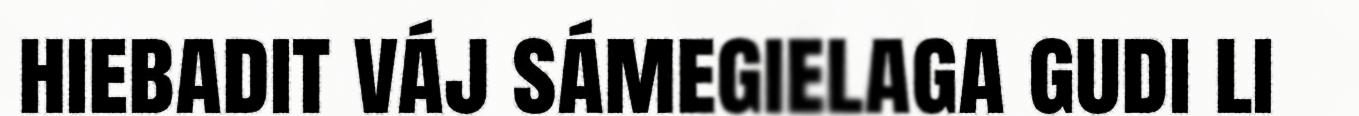
hiebadit váj sámegielaga gudi li